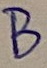
Text: B